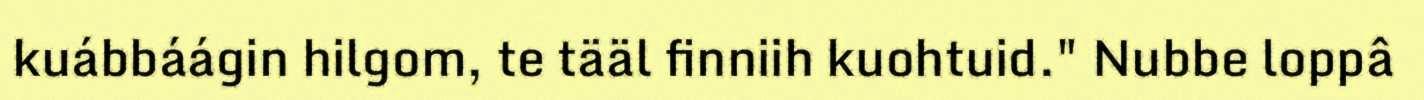
kuábbáágin hilgom, te tääl finniih kuohtuid." Nubbe loppâ